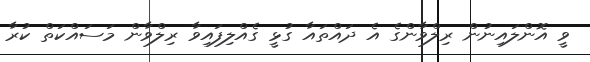
ވީ އޮންލައިނުން ރިލްވާންގެ އެ ދައްތައާ ގުޅީ ގެއްލިފައިވާ ރިލްވާން މަސައްކަތް ކުރާ